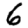
Digit: 6